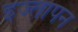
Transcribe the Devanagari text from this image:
इज्तापन